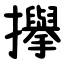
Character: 㩮